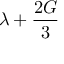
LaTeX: \lambda + { \frac { 2 G } { 3 } }